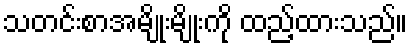
သတင်းစာအမျိုးမျိုးကို ထည့်ထားသည်။